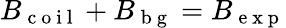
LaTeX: B_{\mathrm{~c~o~i~l~}}+B_{\mathrm{~b~g~}}=B_{\mathrm{~e~x~p~}}